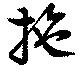
拖